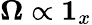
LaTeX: \boldsymbol{\Omega}\propto\boldsymbol{1}_{x}